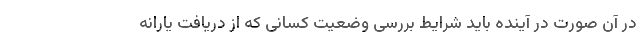
در آن صورت در آینده باید شرایط بررسی وضعیت کسانی که از دریافت یارانه